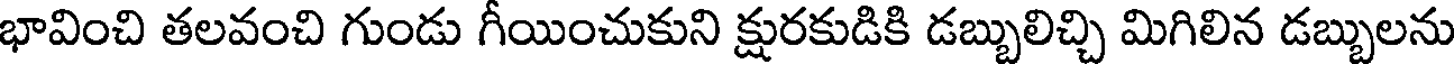
భావించి తలవంచి గుండు గీయించుకుని క్షురకుడికి డబ్బులిచ్చి మిగిలిన డబ్బులను